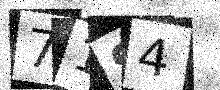
Text: 71S4